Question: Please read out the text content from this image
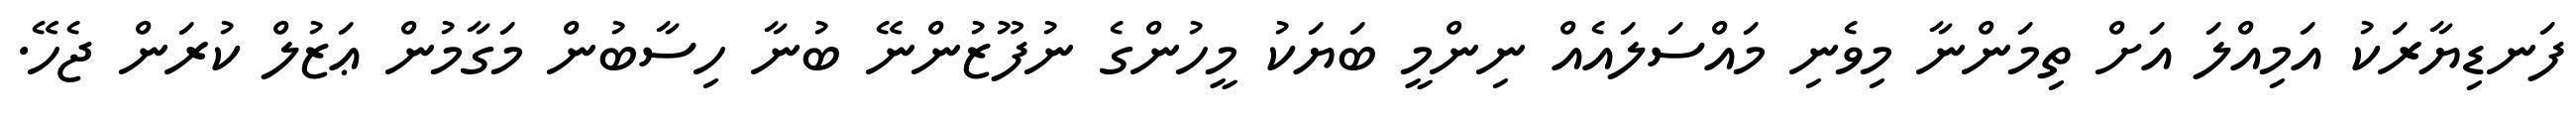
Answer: ފަނޑިޔާރަކު އަމިއްލަ އަށް ތިމަންނާ މިވެނި މައްސަލައެއް ނިންމީ ބަޔަކު މީހުންގެ ނުފޫޒުންނޭ ބުނާ ހިސާބުން މަގާމުން ޢަޒުލް ކުރަން ޖެހޭ.